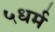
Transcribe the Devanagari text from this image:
५धर्म